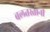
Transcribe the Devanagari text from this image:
बलतस्तानी